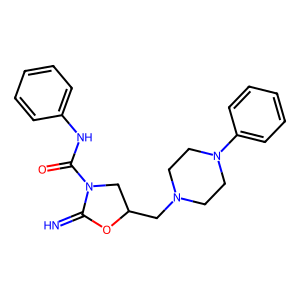
SMILES: N=C1OC(CN2CCN(c3ccccc3)CC2)CN1C(=O)Nc1ccccc1
Inhibits HIV replication: No